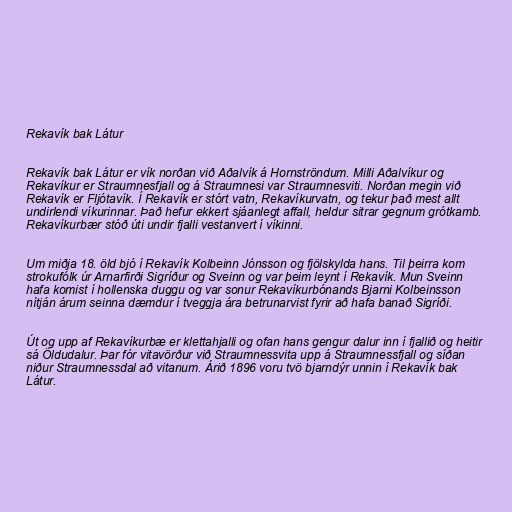
Rekavík bak Látur

Rekavík bak Látur er vík norðan við Aðalvík á Hornströndum. Milli Aðalvíkur og
Rekavíkur er Straumnesfjall og á Straumnesi var Straumnesviti. Norðan megin við
Rekavík er Fljótavík. Í Rekavík er stórt vatn, Rekavíkurvatn, og tekur það mest allt
undirlendi víkurinnar. Það hefur ekkert sjáanlegt affall, heldur sitrar gegnum grótkamb.
Rekavíkurbær stóð úti undir fjalli vestanvert í víkinni.

Um miðja 18. öld bjó í Rekavík Kolbeinn Jónsson og fjölskylda hans. Til þeirra kom
strokufólk úr Arnarfirði Sigríður og Sveinn og var þeim leynt í Rekavík. Mun Sveinn
hafa komist í hollenska duggu og var sonur Rekavíkurbónands Bjarni Kolbeinsson
nítján árum seinna dæmdur í tveggja ára betrunarvist fyrir að hafa banað Sigríði.

Út og upp af Rekavíkurbæ er klettahjalli og ofan hans gengur dalur inn í fjallið og heitir
sá Öldudalur. Þar fór vitavörður við Straumnessvita upp á Straumnessfjall og síðan
niður Straumnessdal að vitanum. Árið 1896 voru tvö bjarndýr unnin í Rekavík bak
Látur.